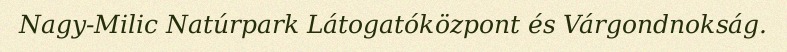
Nagy-Milic Natúrpark Látogatóközpont és Várgondnokság.